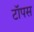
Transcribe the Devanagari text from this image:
टॉपस